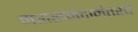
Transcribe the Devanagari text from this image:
महास्फोटानंतरचे